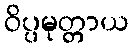
ဝိပ္ပမုတ္တာယ